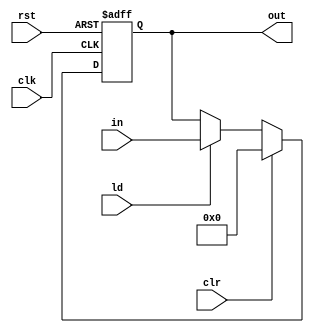
module StatusRegister #(
    parameter N = 32
)(
    input clk, rst,
    input [N-1:0] in,
    input ld, clr,
    output reg [N-1:0] out
);
    always @(negedge clk or posedge rst) begin
        if (rst)
            out <= {N{1'b0}};
        else if (clr)
            out <= {N{1'b0}};
        else if (ld)
            out <= in;
    end
endmodule